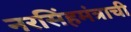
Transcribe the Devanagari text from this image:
नरसिंहमंत्राची